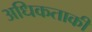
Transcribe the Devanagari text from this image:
अधिकताकी